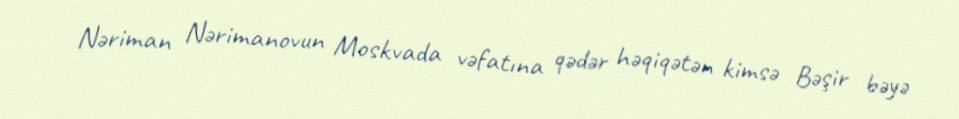
Nəriman Nərimanovun Moskvada vəfatına qədər həqiqətən kimsə Bəşir bəyə